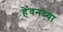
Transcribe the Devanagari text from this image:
हेवनच्या